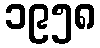
၁၉၅၈